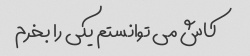
کاش می توانستم یکی را بخرم